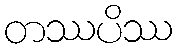
တဿပိဿ